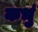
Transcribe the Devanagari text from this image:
कभुं